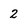
Character: 2